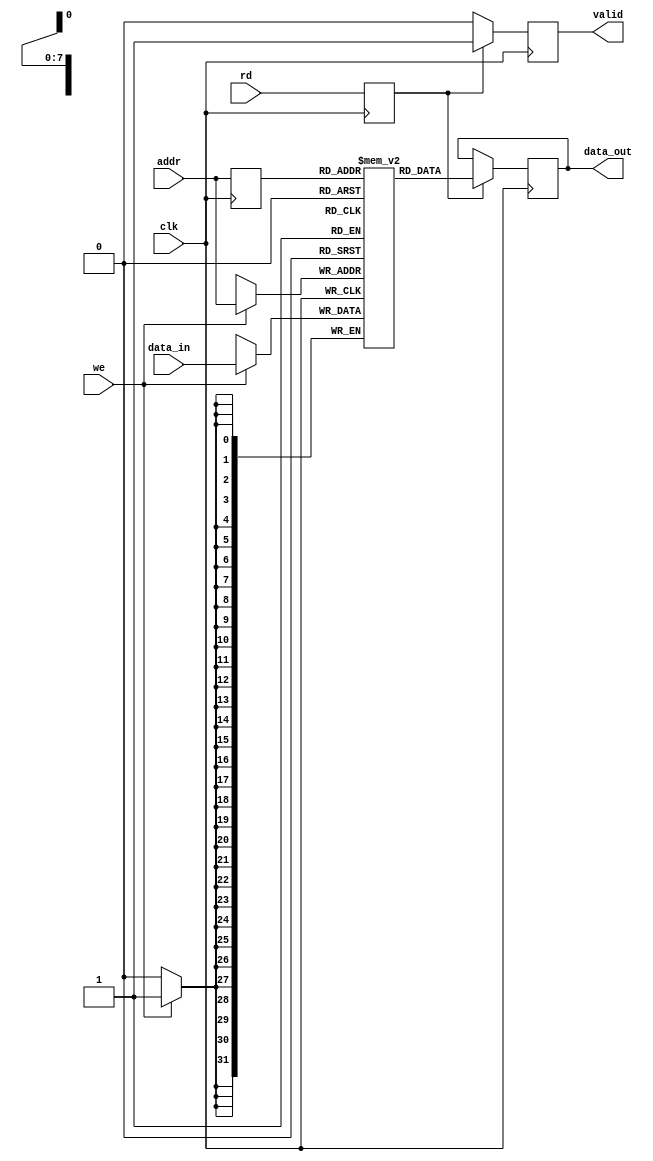
module io_blocks_pipeline_ram #(
    parameter ADDR_WIDTH = 8,   // Number of address bits
    parameter DATA_WIDTH = 32,   // Data width in bits
    parameter DEPTH = 1 << ADDR_WIDTH // Depth of the RAM
)(
    input wire clk,                       // Clock signal
    input wire [ADDR_WIDTH-1:0] addr,    // Address input
    input wire [DATA_WIDTH-1:0] data_in,  // Data input
    input wire we,                        // Write enable signal
    input wire rd,                        // Read enable signal
    output reg [DATA_WIDTH-1:0] data_out, // Data output
    output reg valid                      // Valid data output signal
);

// Memory array declaration
reg [DATA_WIDTH-1:0] ram [0:DEPTH-1];

// Internal registers for pipelining
reg [ADDR_WIDTH-1:0] addr_reg;
reg [DATA_WIDTH-1:0] data_in_reg;
reg we_reg;
reg rd_reg;

// Pipeline stage for writing data
always @(posedge clk) begin
    if (we) begin
        ram[addr] <= data_in; // Write data to RAM
    end
end

// Pipeline stage for address and data latching
always @(posedge clk) begin
    addr_reg <= addr;        // Latch address
    data_in_reg <= data_in;  // Latch input data
    we_reg <= we;            // Latch write enable
    rd_reg <= rd;            // Latch read enable
end

// Pipeline stage for reading data
always @(posedge clk) begin
    if (rd_reg) begin
        data_out <= ram[addr_reg]; // Read data from RAM
        valid <= 1'b1;              // Indicate valid data output
    end else begin
        valid <= 1'b0;              // Clear valid signal if not reading
    end
end

endmodule